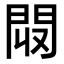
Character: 𨳟